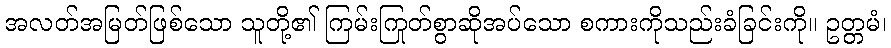
အလတ်အမြတ်ဖြစ်သော သူတို့၏ ကြမ်းကြုတ်စွာဆိုအပ်သော စကားကိုသည်းခံခြင်းကို။ ဥတ္တမံ၊